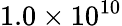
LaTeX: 1.0\times 10^{10}